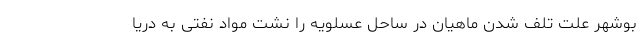
بوشهر علت تلف شدن ماهیان در ساحل عسلویه را نشت مواد نفتی به دریا